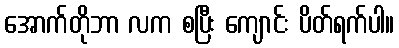
အောက်တိုဘာ လက စပြီး ကျောင်း ပိတ်ရက်ပါ။